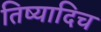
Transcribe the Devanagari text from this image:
तिष्यादिच